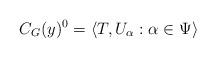
LaTeX: \begin{align*}C_G(y)^0= \langle T, U_{\alpha}: \alpha \in \Psi \rangle\end{align*}